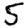
Digit: 5